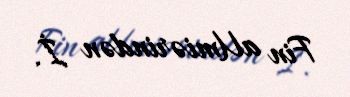
Fin aUmiərindən İ.